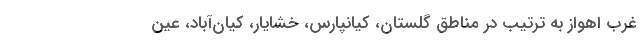
غرب اهواز به ترتیب در مناطق گلستان، کیانپارس، خشایار، کیان‌آباد، عین